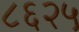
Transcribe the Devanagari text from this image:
८६२५